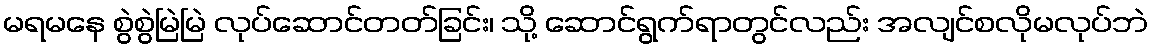
မရမနေ စွဲစွဲမြဲမြဲ လုပ်ဆောင်တတ်ခြင်း၊ သို့ ဆောင်ရွက်ရာတွင်လည်း အလျင်စလိုမလုပ်ဘဲ